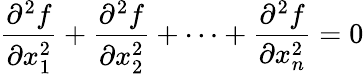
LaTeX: {\frac{\partial^{2}f}{\partial x_{1}^{2}}}+{\frac{\partial^{2}f}{\partial x_{2}^{2}}}+\cdots+{\frac{\partial^{2}f}{\partial x_{n}^{2}}}=0